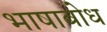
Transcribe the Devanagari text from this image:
भाषाबोध